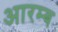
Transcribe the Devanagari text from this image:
आरम्ब